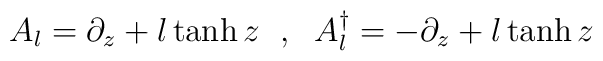
A_{l}=\partial _{z}+l\tanh z\textrm{ }\; ,\; \textrm{ }A_{l}^{\dagger }=-\partial _{z}+l\tanh z